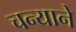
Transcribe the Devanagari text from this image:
चन्याने